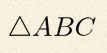
\triangle ABC